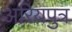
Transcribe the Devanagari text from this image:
अरियपुत्र